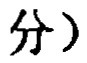
分）